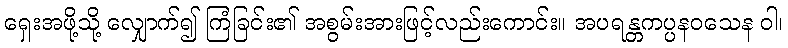
ရှေးအဖို့သို့ လျှောက်၍ ကြံခြင်း၏ အစွမ်းအားဖြင့်လည်းကောင်း။ အပရန္တကပ္ပနဝသေန ဝါ၊